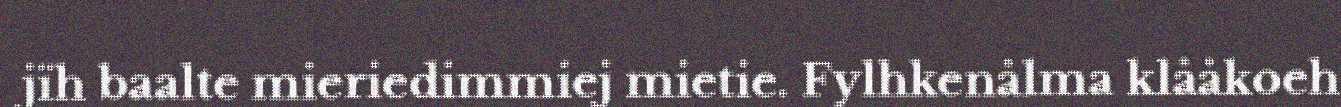
jïh baalte mieriedimmiej mietie. Fylhkenålma klååkoeh